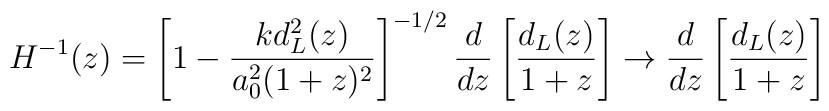
H^{-1}(z) = \left[ 1 -  \frac{k d^2_L(z)}{a_0^2(1+z)^2}\right]^{-1/2} \frac{d}{dz}  \left[  \frac{d_L(z)}{1+z}\right] \to \frac{d}{dz} \left[\frac{d_L(z)}{1+z}\right]